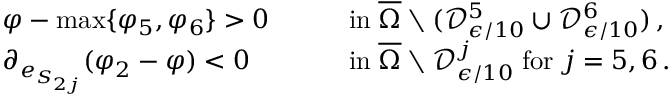
\begin{array} { r l r l } & { \varphi - \operatorname* { m a x } \{ \varphi _ { 5 } , \varphi _ { 6 } \} > 0 \quad } & & { \mathrm { i n } \; \overline { { \Omega } } \setminus ( \mathcal { D } _ { \epsilon / 1 0 } ^ { 5 } \cup \mathcal { D } _ { \epsilon / 1 0 } ^ { 6 } ) \, , } \\ & { \partial _ { e _ { S _ { 2 j } } } ( \varphi _ { 2 } - \varphi ) < 0 \quad } & & { \mathrm { i n } \; \overline { { \Omega } } \setminus \mathcal { D } _ { \epsilon / 1 0 } ^ { j } \; \mathrm { f o r } \; j = 5 , 6 \, . } \end{array}